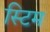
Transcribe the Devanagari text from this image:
स्टिम